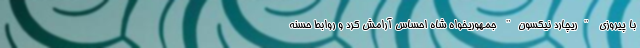
با پیروزی "ریچارد نیکسون" جمهوریخواه شاه احساس آرامش کرد و روابط حسنه